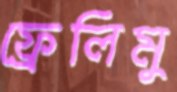
ফ্রেলিমু